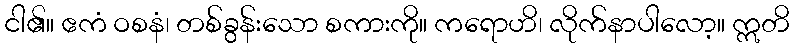
ငါ၏။ ဧကံ ဝစနံ၊ တစ်ခွန်းသော စကားကို။ ကရောဟိ၊ လိုက်နာပါလော့။ ဣတိ